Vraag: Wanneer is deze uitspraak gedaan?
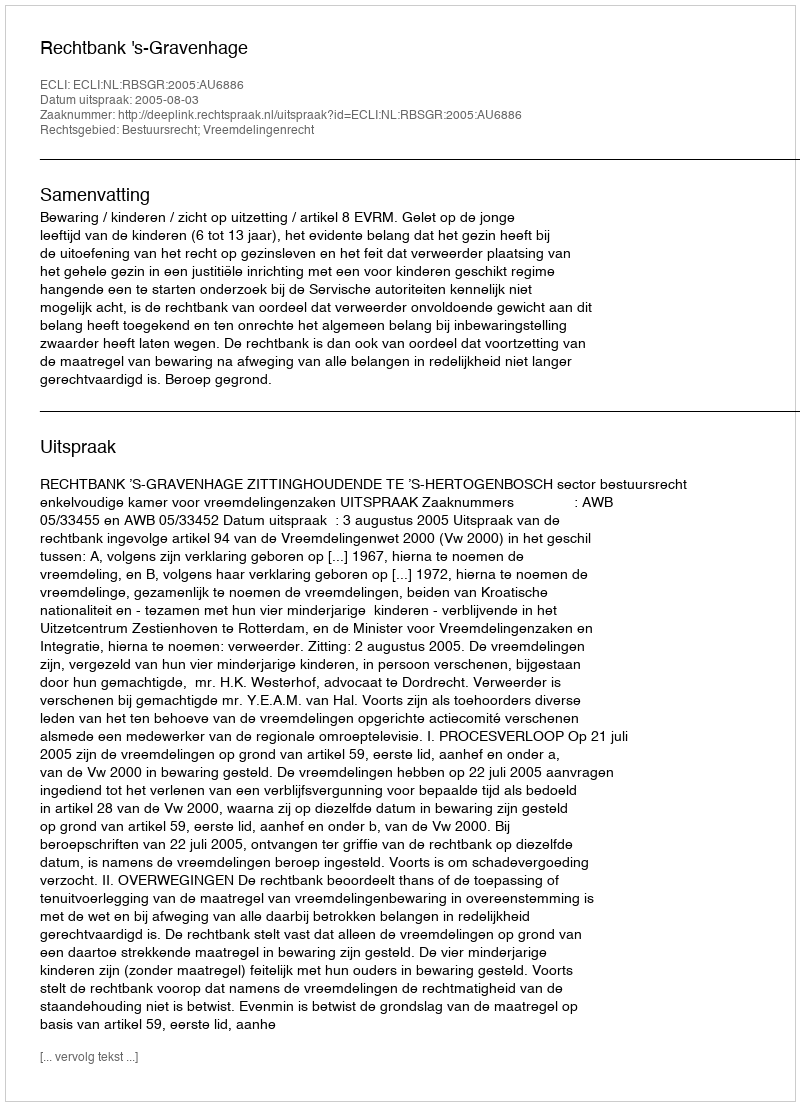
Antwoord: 2005-08-03